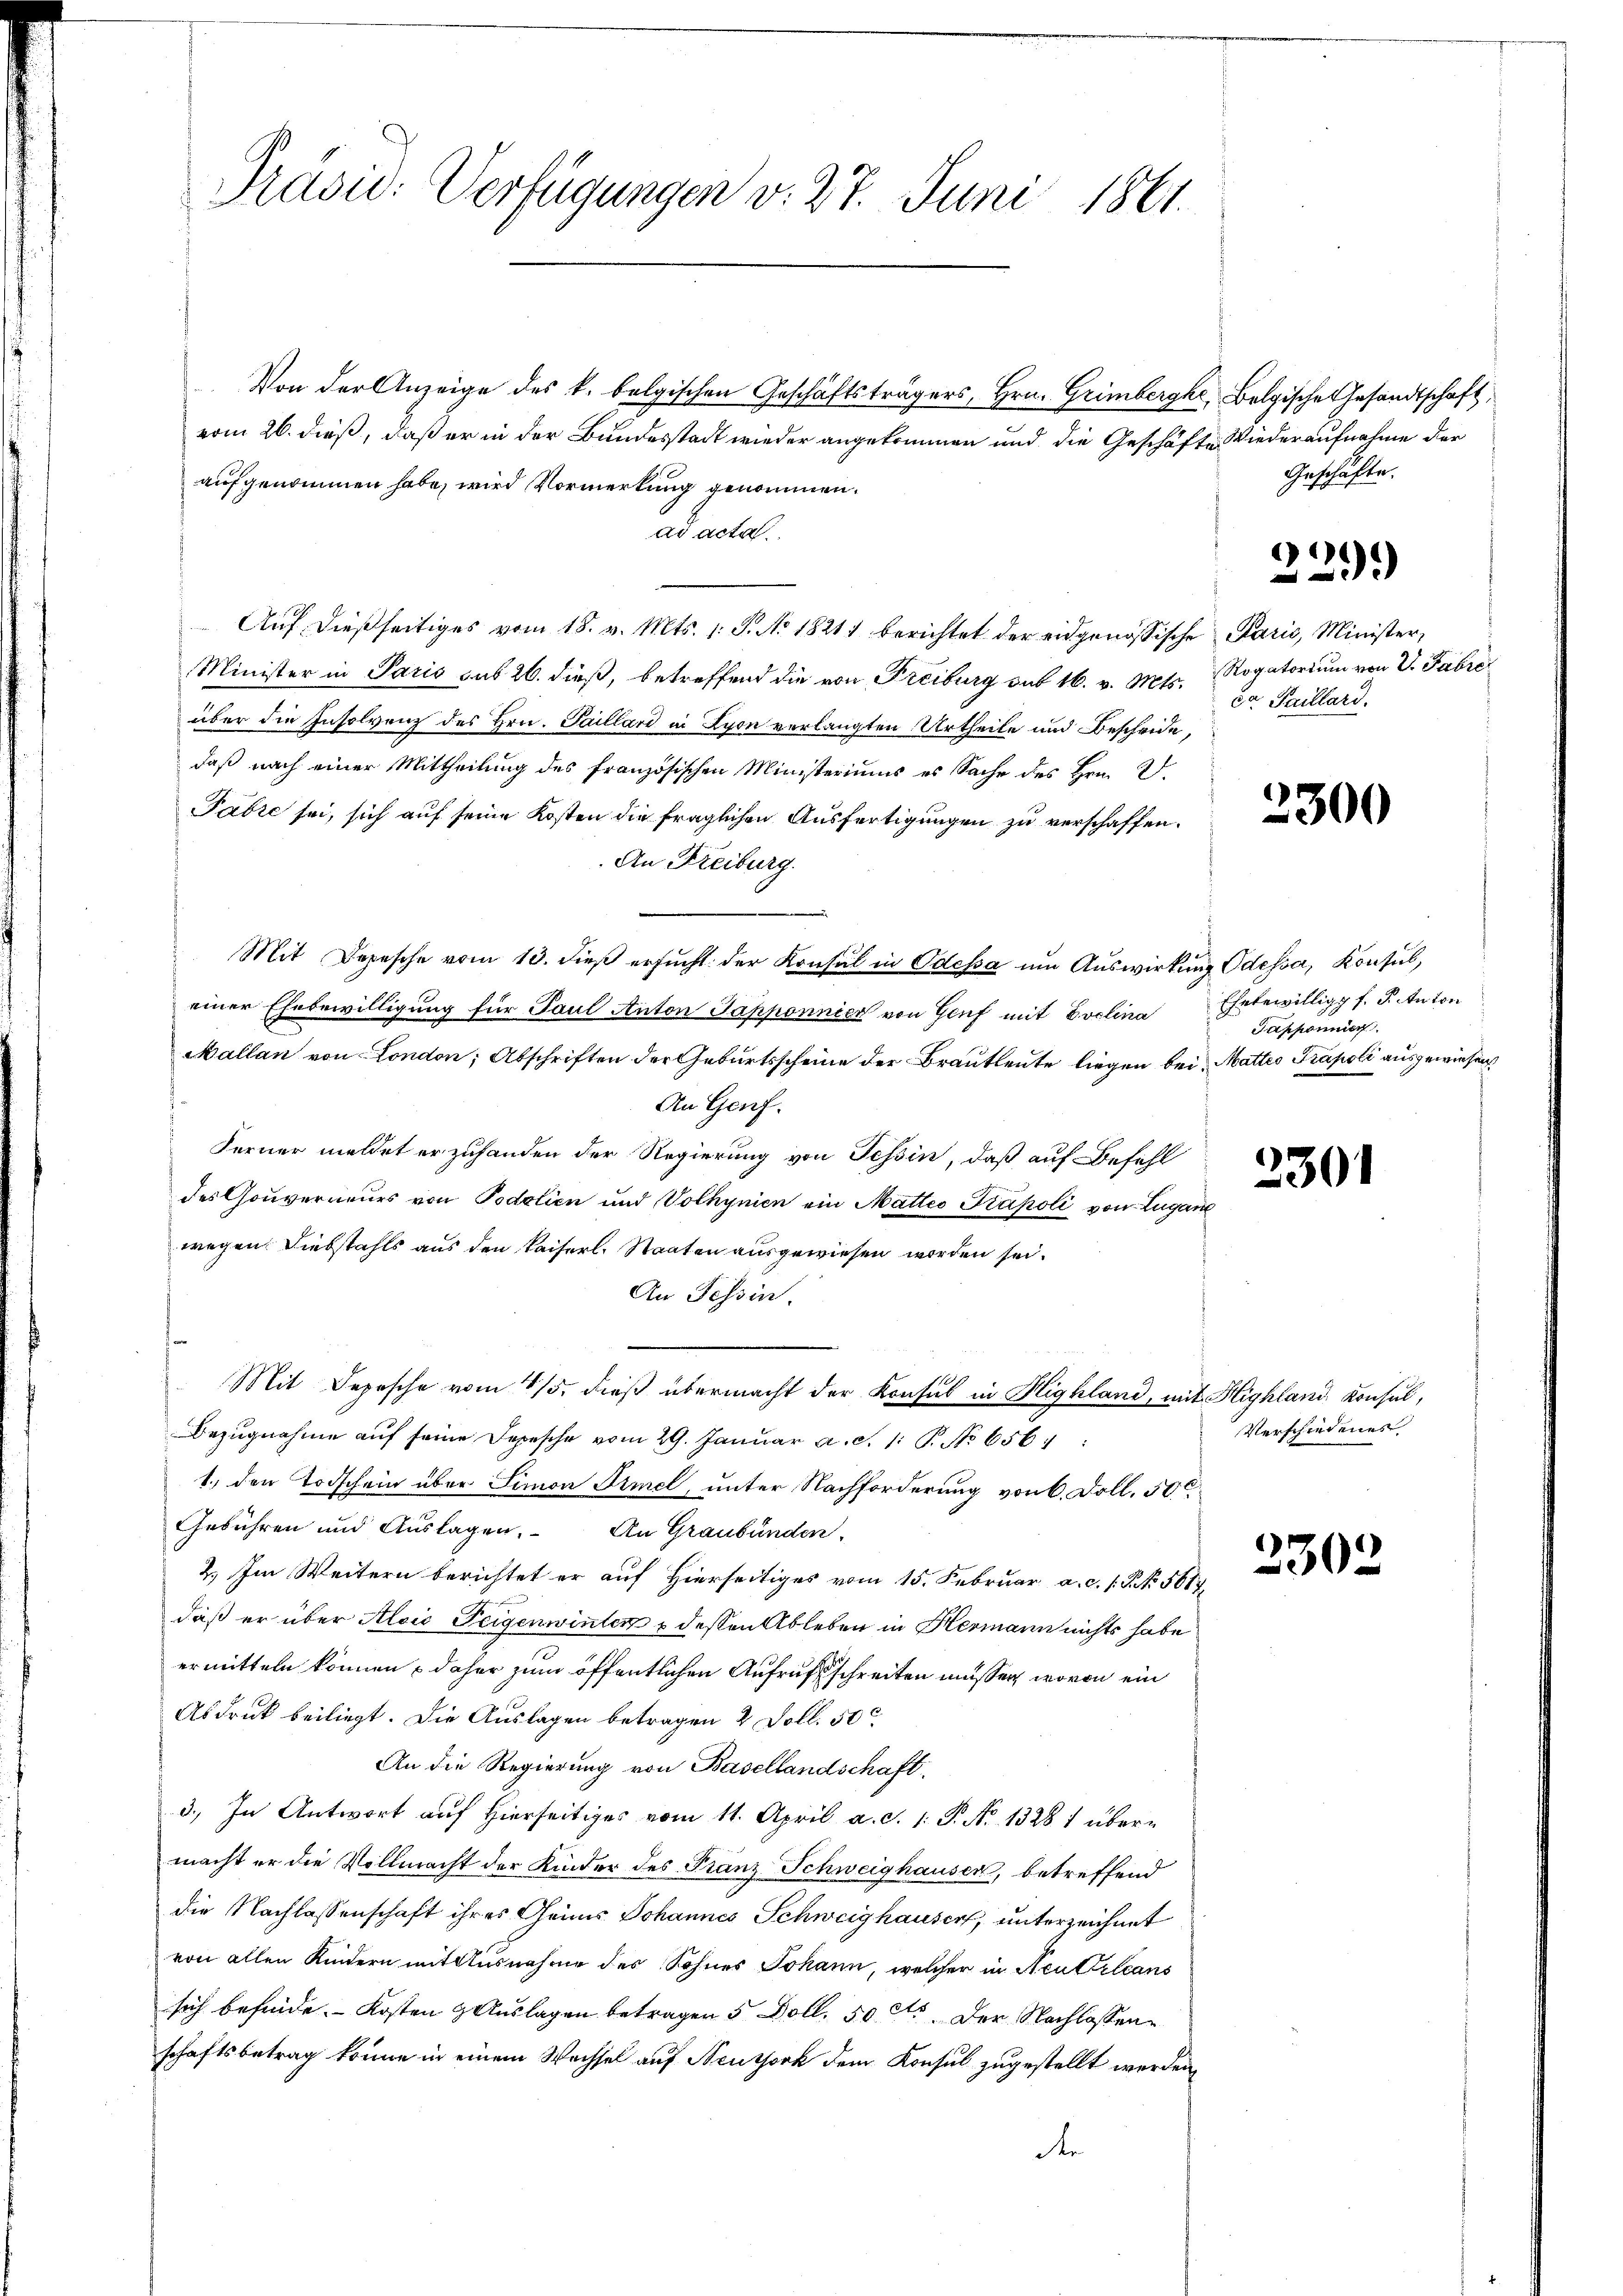
Präsid. Verfügungen v. 27. Juni 1861.

Von der Anzeige des k. belgischen Geschäftsträgers, Hrn. Grimberghe, Belgisches Gesandtschaft,
vom 26. dieß, daß er in der Bundesstadt wieder angekommen und die Geschäfte Wiederaufnahme der
aufgenommen habe, wird Vormerkung genommen.
ad acta
Auf dießseitiges vom 18. v. Mts. 1. P. No. 1821 berichtet der eidgenössische Paris, Minister,
Minister in Paris sub 26. dieß, betreffend die von Freiburg sub 16. v. Mts. Rogatorium von V. Fabré
über die Insolvenz des Hrn. Saillard in Lyon verlangten Urtheile und Bescheide,
daß nach einer Mittheilung des französischen Ministeriums es Sache des Hrn. D
Pabre sei, sich auf seine Kosten die fraglichen Ausfertigungen zu verschaffen.
An Freiburg.
Mit Depesche vom 13. dieβ ersŭcht der Konsul in Odessa um Auswirkung Odessa, Konsul,
einer Ehebewilligung für Paul Anton Tapponnier von Genf mit Poclina
Mallan von London; Abschriften der Geburtsscheine der Brautleute liegen bei Mattes Präpoli ausgewiesen,
An Genf.
Ferner meldet er zuhanden der Regierung von Tessin, daß auf Befehl
des Gouverneurs von Podolien und Volhynien ein Matteo Kápoli von Lugan
wegen. Diebstahls aus den Kaiserl. Staaten ausgewiesen worden sei.
An Tessin.
Mit Depesche vom 15. dieß übermacht der Konsul in Highland, mit Highland Konsul,
Bezŭgnahme aŭf seine Depesche vom 29. Januar a. d. 1. P. No 656:
1. den Todschein über Simon Himel, unter Nachforderung von 6. Foll. 50c
Gebühren und Auslagen. An Graubünden,
2.) Im Weitern berichtet er auf Hierseitiges vom 15. Februar a.c. s. P. No. 5617.
daß er über Alois Feigenwinter u dessen Ableben in Hermann nichts habe
ermitteln können, daher zum öffentlichen Aufrufsschreiten müssen, wovon ein
Abdruck beiliegt. Die Auslagen betragen 2 Poll. 50
An die Regierung von Basellandschaft.
3.) In Antwort auf hierseitiges vom 11. April a. d. 1. P. No 1328 1 über-
macht er die Vollmacht der Kinder des Franz Schweighausen, betreffend
die Nachlassenschaft ihres Genus Johannes Schweighauser, unterzeichnet
von allen Kindern mit Ausnahme des Sohnes Johann, welcher in Neusteleans
sich befinde. Kosten & Auslagen betragen 5 Boll. 50 Cts. Der Nachlassenschaftsbetrag könne in einem Wachsel auf Neussork dem Konsul zugestellt werden,
de

Geschäfte.

229)

da Paillard.

2300

Ehebewilligg f. P. Anton
Tapponier

2301

Verschiedenes

230.